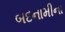
બદનામીના